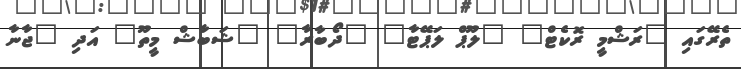
ތެރޭގައި "ރަޝްމީ ރޮކެޓް" "ލޫޕް ލަޕޭޓާ" "ދޯބާރާ" "ޝަބާޝް މީތޫ" އަދި "ޖާނާ